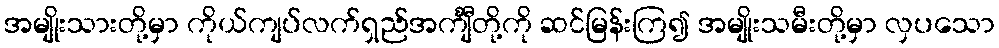
အမျိုးသားတို့မှာ ကိုယ်ကျပ်လက်ရှည်အင်္ကျီတို့ကို ဆင်မြန်းကြ၍ အမျိုးသမီးတို့မှာ လှပသော